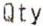
QTY